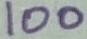
Text: 100